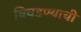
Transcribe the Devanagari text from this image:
बिघडण्याची